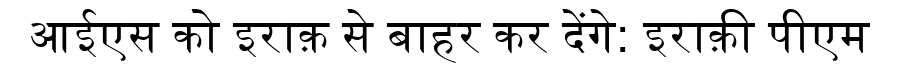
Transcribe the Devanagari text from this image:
आईएस को इराक़ से बाहर कर देंगे: इराक़ी पीएम